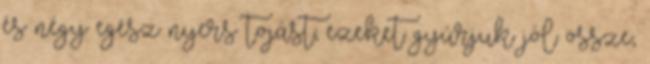
és négy egész nyers tojást; ezeket gyúrjuk jól össze,